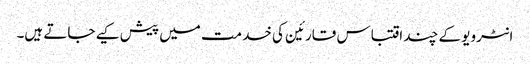
انٹرویو کے چند اقتباس قارئین کی خدمت میں پیش کیے جاتے ہیں۔